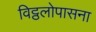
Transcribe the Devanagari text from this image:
विट्ठलोपासना